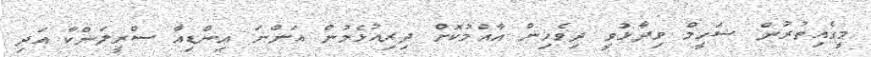
މީގެއިތުރުން ޝަހީމް ވިދާޅުވީ ދިވެހިން އާއްމުކޮށް ދިރިއުޅެމުން އަންނަ އިންޑިއާ ސްރީލަންކާ އަދި